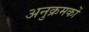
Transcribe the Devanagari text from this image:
अनुक्रमकों